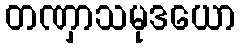
တဏှာသမုဒယော